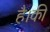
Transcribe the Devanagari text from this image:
है।की